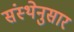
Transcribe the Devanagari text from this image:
संस्थेनुसार